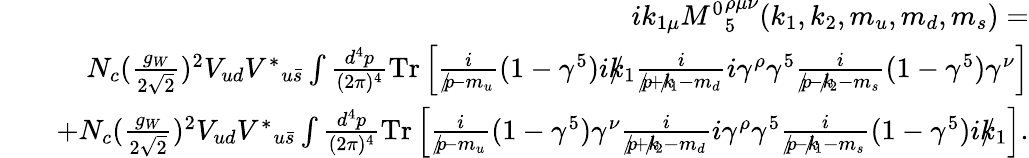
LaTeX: \begin{array}{rlr}&{}&{ik_{1\mu}{M^{0}}_{5}^{\rho\mu\nu}(k_{1},k_{2},m_{u},m_{d},m_{s})=}\\ &{}&{N_{c}(\frac{g_{W}}{2\sqrt{2}})^{2}V_{ud}{V^{\ast}}_{u\bar{s}}\int\frac{d^{4}p}{(2\pi)^{4}}\mathrm{{Tr}}\left[\frac{i}{p\! \! \! /-m_{u}}(1-\gamma^{5})ik\! \! \! /_{1}\frac{i}{p\! \! \! /+k\! \! \! /_{1}-m_{d}}i\gamma^{\rho}\gamma^{5}\frac{i}{p\! \! \! /-k\! \! \! /_{2}-m_{s}}(1-\gamma^{5})\gamma^{\nu}\right]}\\ &{}&{+N_{c}(\frac{g_{W}}{2\sqrt{2}})^{2}V_{ud}{V^{\ast}}_{u\bar{s}}\int\frac{d^{4}p}{(2\pi)^{4}}{\mathrm{Tr}}\left[\frac{i}{p\! \! \! /-m_{u}}(1-\gamma^{5})\gamma^{\nu}\frac{i}{p\! \! \! /+k\! \! \! /_{2}-m_{d}}i\gamma^{\rho}\gamma^{5}\frac{i}{p\! \! \! /-k\! \! \! /_{1}-m_{s}}(1-\gamma^{5})ik\! \! \! /_{1}\right].}\end{array}